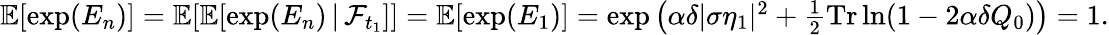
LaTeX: \begin{array}{r}{\mathbb{E}[\exp(E_{n})]=\mathbb{E}[\mathbb{E}[\exp(E_{n})\, |\, \mathcal{F}_{t_{1}}]]=\mathbb{E}[\exp(E_{1})]=\exp\left(\alpha\delta|\sigma\eta_{1}|^{2}+\frac{1}{2}\mathrm{Tr}\ln(1-2\alpha\delta Q_{0})\right)=1.}\end{array}